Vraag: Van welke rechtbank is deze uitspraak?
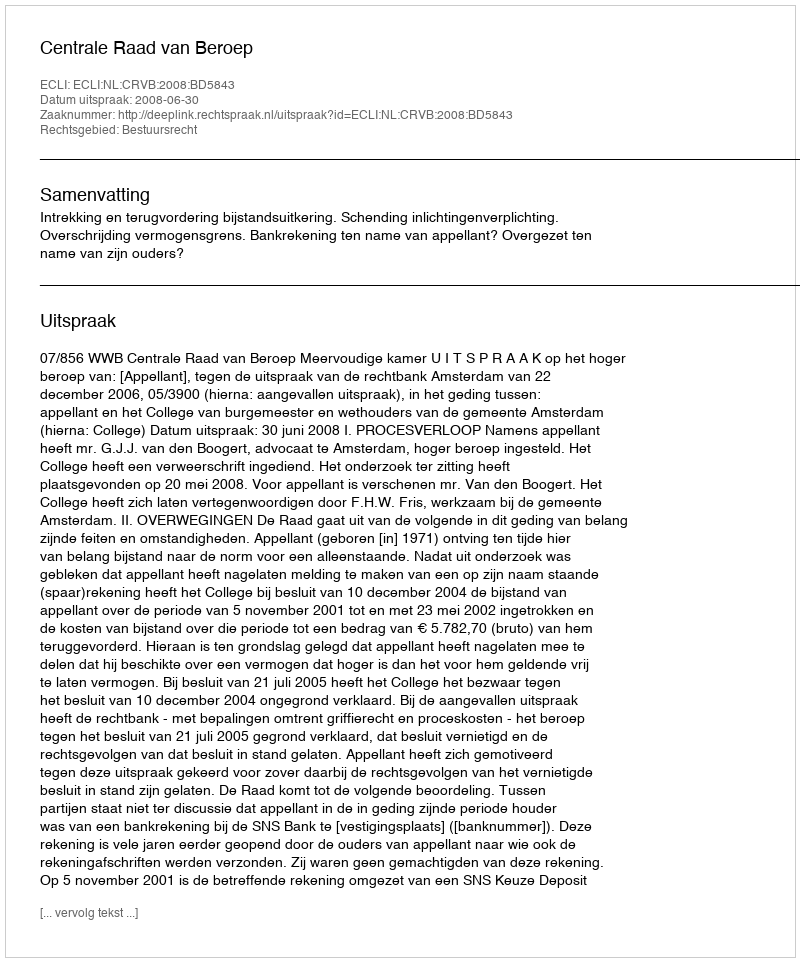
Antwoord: Centrale Raad van Beroep